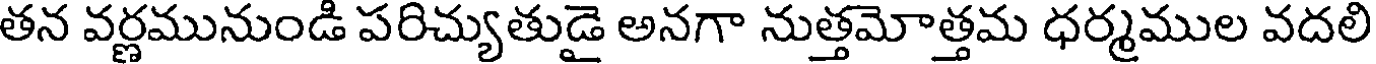
తన వర్ణమునుండి పరిచ్యుతుడై అనగా నుత్తమోత్తమ ధర్మముల వదలి